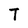
Character: T